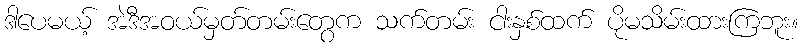
ဒါပေမယ့် အဲဒီအဝယ်မှတ်တမ်းတွေက သက်တမ်း ငါးနှစ်ထက် ပိုမသိမ်းထားကြဘူး။